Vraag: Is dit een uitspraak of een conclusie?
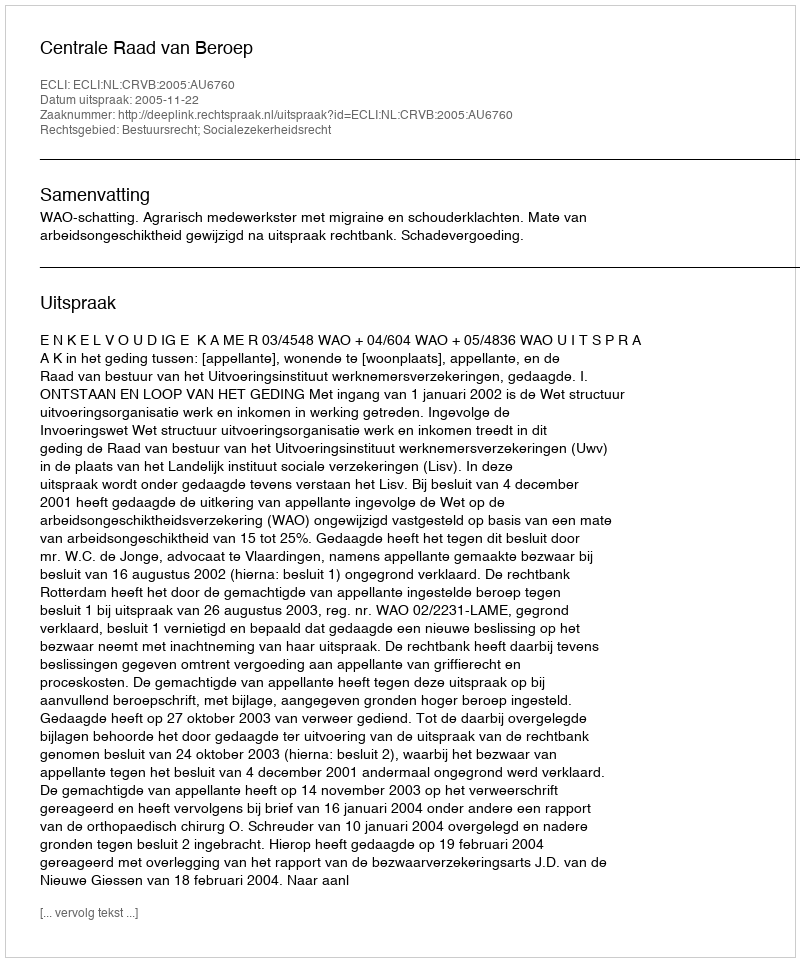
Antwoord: Uitspraak